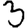
Digit: 3